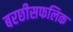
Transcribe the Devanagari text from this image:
बरछीसफलिक